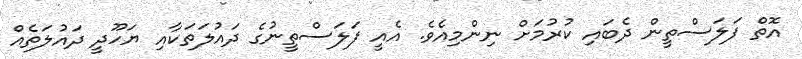
އޮތް ފަލަސްތީން ދެބައި ކުރުމަށް ނިންމިއެވެ. އެއީ ފަލަސްތީނުގެ ދައުލަތަކާއި ޔަހޫދީ ދައުލަތެއް